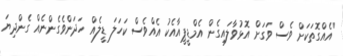
"އެއްގޮތަކަށް ވެސް ވަގަށް އޮޅުވާލައިގެން އެމްޑީޕީއާއެކު އެއްވެސް ކަހަލަ ޑީލެއް ހަދަންވެގެންނެއް ގެންދިޔަ